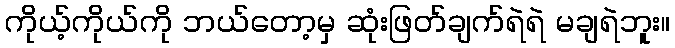
ကိုယ့်ကိုယ်ကို ဘယ်တော့မှ ဆုံးဖြတ်ချက်ရဲရဲ မချရဲဘူး။